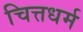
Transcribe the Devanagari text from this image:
चित्तधर्म